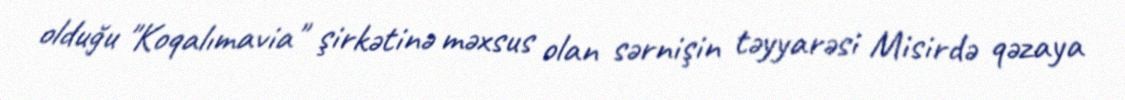
olduğu "Koqalımavia" şirkətinə məxsus olan sərnişin təyyarəsi Misirdə qəzaya